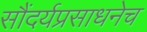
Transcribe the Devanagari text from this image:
सौंदर्यप्रसाधनेच